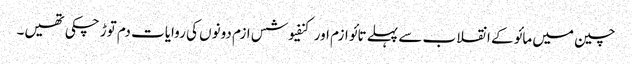
چین میں مائو کے انقلاب سے پہلے تائو ازم اور کنفیوشس ازم دونوں کی روایات دم توڑ چکی تھیں۔